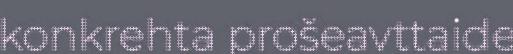
konkrehta prošeavttaide